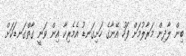
ބިން ލާދިން މަރާލުމަށް ފަހު އޭނާގެ ހަށިގަނޑު އެމެރިކާ އިން ވަނީ ގާތްގަނޑަކަށް